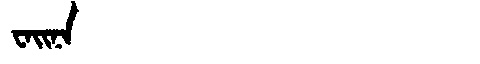
Manchu: ᠸᠠᡳᠨᠠ
Romanization: WAINA